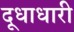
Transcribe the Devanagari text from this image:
दूधाधारी